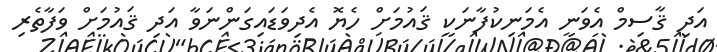
އަދި ޤާސިމް އެވަނީ އެމަނިކުފާނަކީ ޤައުމަށް ހެޔޮ އެދިވަޑައިގަންނަވާ އަދި ޤައުމަށް ވަފާތެރި